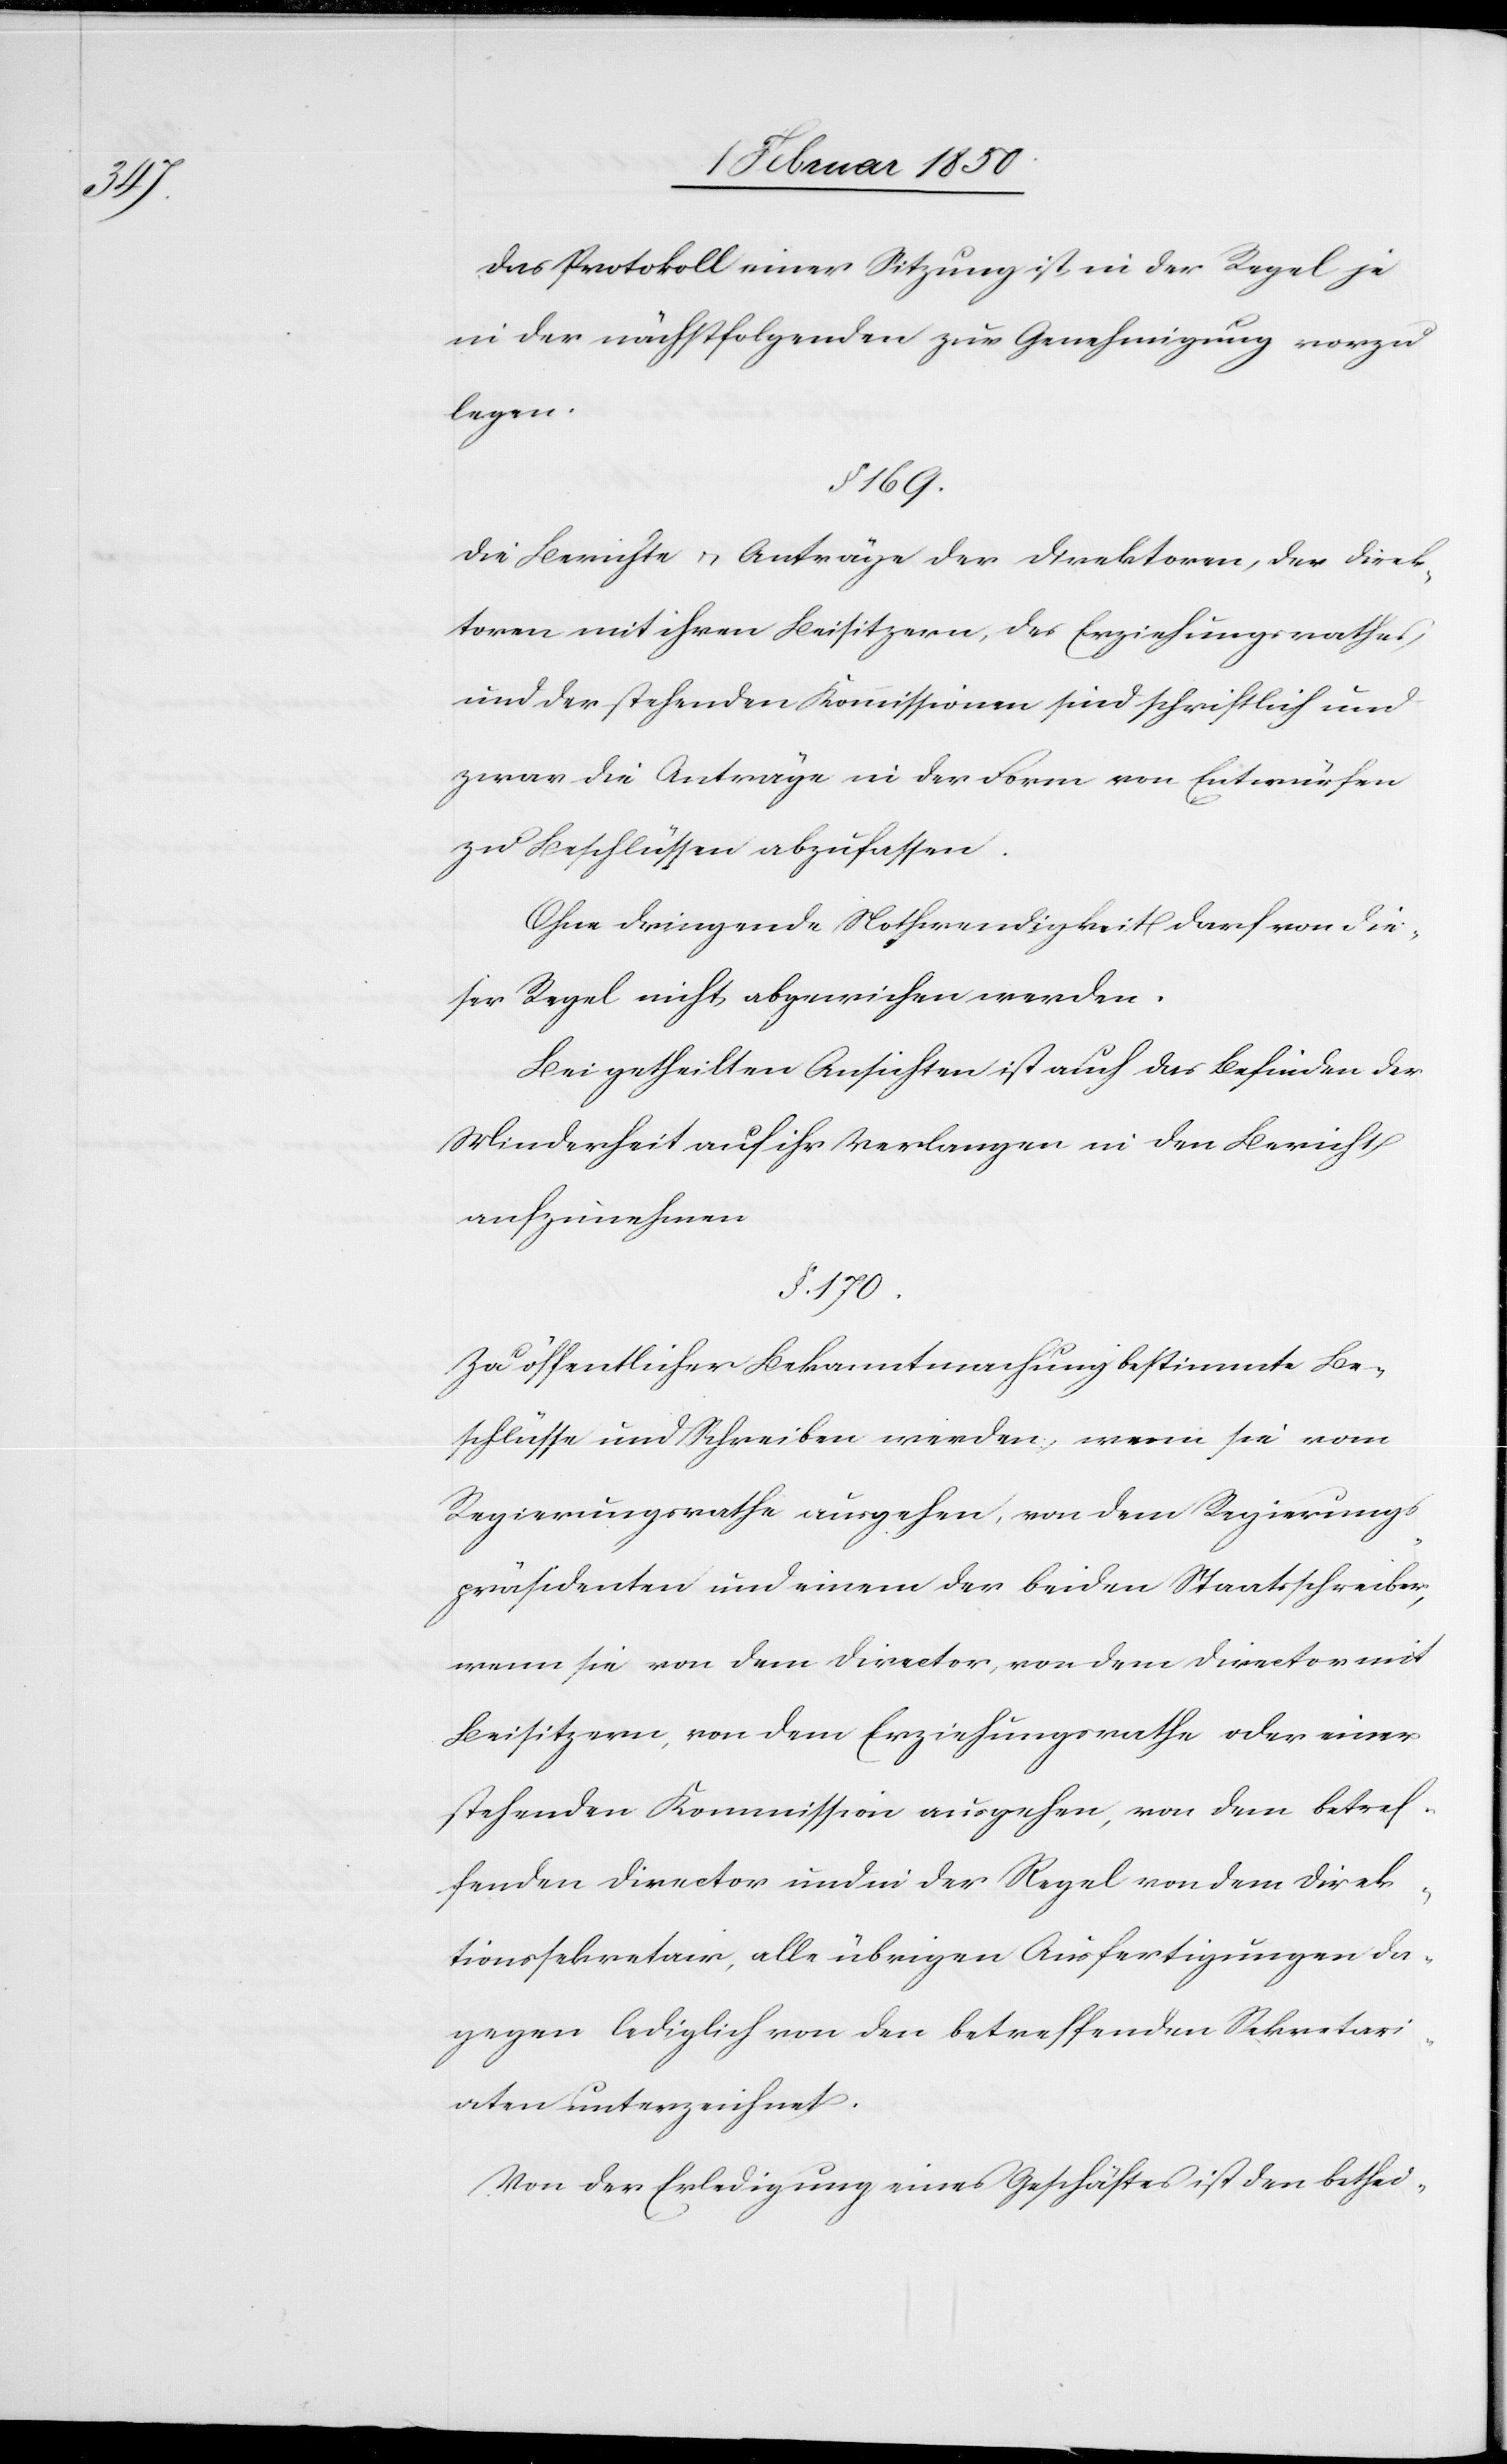
Das Protokoll einer Sitzung ist in der Regel je
in der nächstfolgenden zur Genehmigung vorzu¬
legen.
§. 169.
Die Berichte u. Anträge der Direktoren, der Direk¬
toren mit ihren Beistizern, des Erziehungsrathes,
und der stehenden Kommissionen sind schriftlich und
zwar die Anträge in der Form von Entwürfen
zu Beschlüssen abzufassen.
Ohne dringende Nothwendigkeit darf von die¬
ser Regel nicht abgewichen werden.
Bei getheilten Ansichten ist auch das Befinden der
Minderheit auf ihr Verlangen in den Bericht
aufzunehmen
§. 170.
Zu öffentlicher Bekanntmachung bestimmte Be¬
schlüsse und Schreiben werden, wenn sie vom
Regierungsrathe ausgehen, von dem Regierungs¬
präsidenten und einem der beiden Staatsschreiber,
wenn sie von dem Director, von dem Director mit
Beisitzern, von dem Erziehungsrathe oder einer
stehenden Kommission ausgehen, von dem betref¬
fenden Director und in der Regel von dem Direk¬
tionssekretair, alle übrigen Ausfertigungen da¬
gegen lediglich von den betreffenden Sekretari¬
aten unterzeichnet.
Von der Erledigung eines Geschäftes ist den bethei-